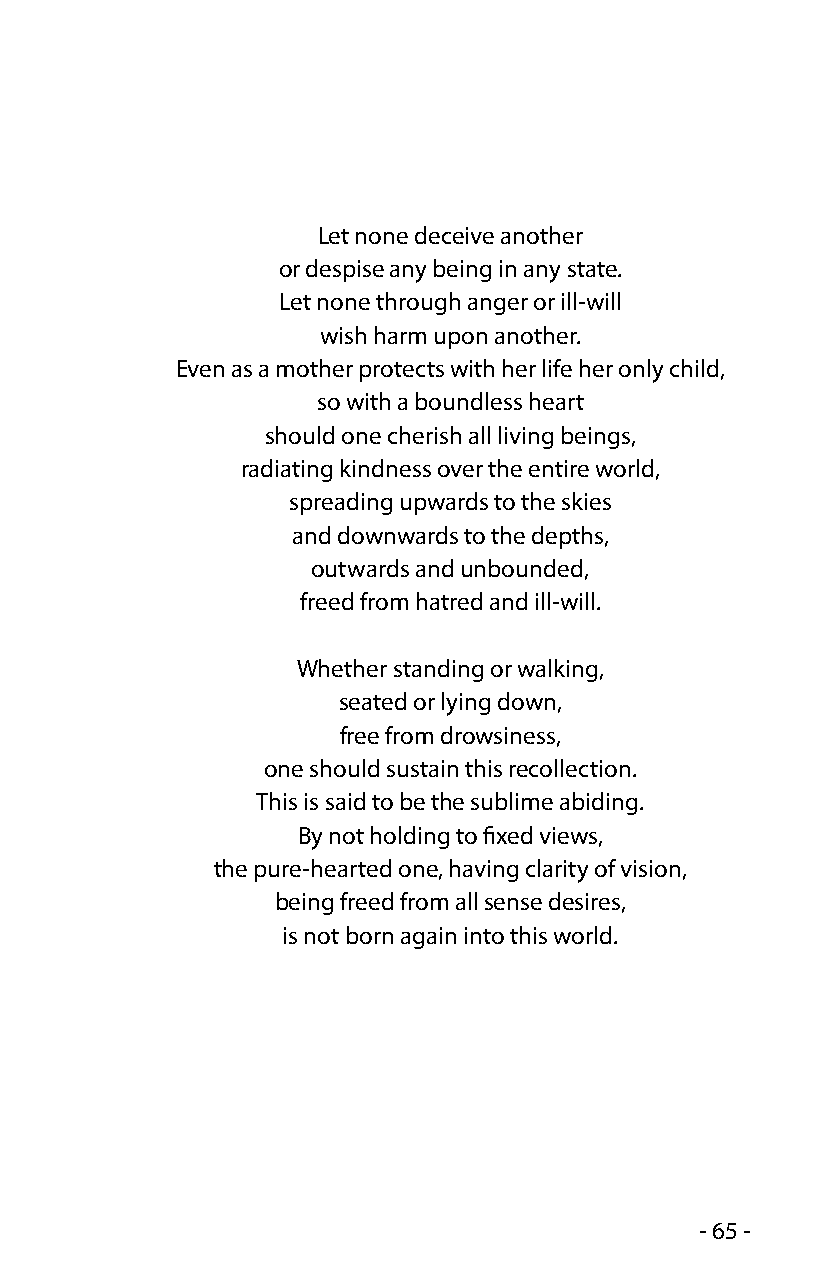
Let none deceive another
 or despise any being in any state.
 Let none through anger or ill-will
 wish harm upon another.
 Even as a mother protects with her life her only child,
 so with a boundless heart
 should one cherish all living beings,
 radiating kindness over the entire world,
 spreading upwards to the skies
 and downwards to the depths,
 outwards and unbounded,
 freed from hatred and ill-will.
 Whether standing or walking,
 seated or lying down,
 free from drowsiness,
 one should sustain this recollection.
 This is said to be the sublime abiding.
 By not holding to fixed views,
 the pure-hearted one, having clarity of vision,
 being freed from all sense desires,
 is not born again into this world.
 - 65 -